Calcutta medical institutions reports 1871-78
Year: 1871
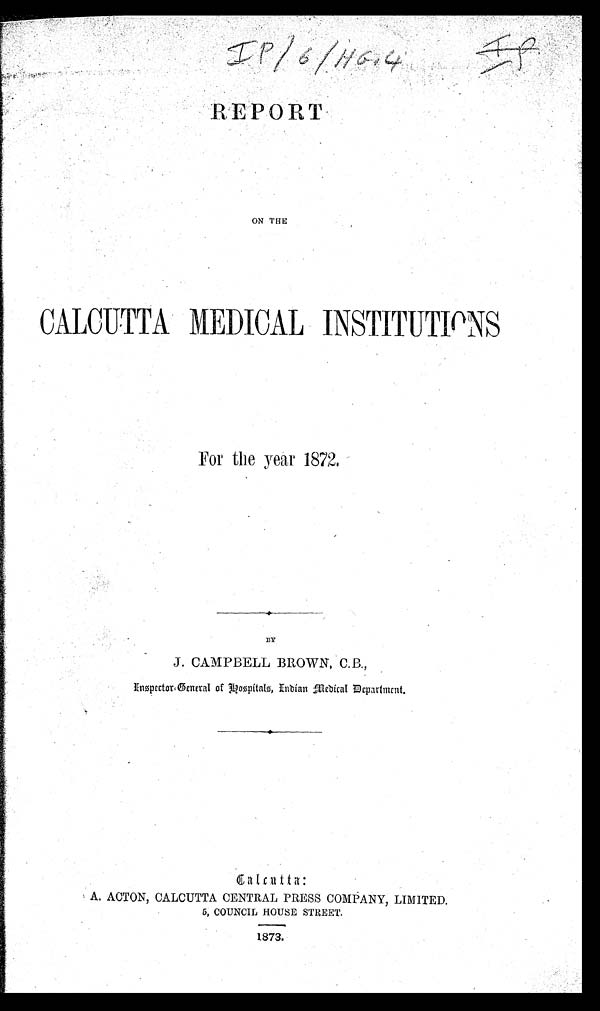
IP/6/HG4
REPORT
ON THE
CALCUTTA MEDICAL INSTITUTIONS
For the year 1872.
BY
J. CAMPBELL BROWN, C.B.,
Inspector General of Hospitals, Indian Medical Department.
Calcutta:
A. ACTON, CALCUTTA CENTRAL PRESS COMPANY, LIMITED.
5, COUNCIL HOUSE STREET.
1873.